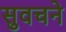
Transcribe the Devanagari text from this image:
सुवचने